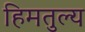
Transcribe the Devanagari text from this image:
हिमतुल्य